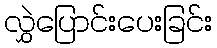
လွှဲပြောင်းပေးခြင်း